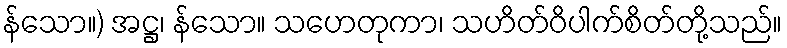
န်သော။) အဋ္ဌ၊ န်သော။ သဟေတုကာ၊ သဟိတ်ဝိပါက်စိတ်တို့သည်။